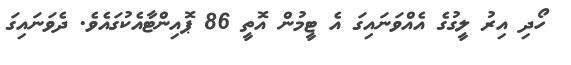
ހޯދި އިރު ލީގުގެ އެއްވަނައިގަ އެ ޓީމުން އޮތީ 86 ޕޮއިންޓާއެކުގައެވެ. ދެވަނައިގަ